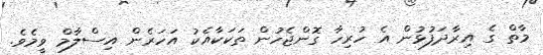
މާތް ގެ އިރާދަފުޅުން އެ ހުރިހާ ގޮންޖެހުން ތަކަކާއެކު އަހަރެން އިސްލާމް ވީމެވެ.